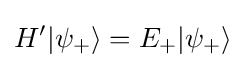
H'|\psi _{+}\rangle =E_{+}|\psi _{+}\rangle